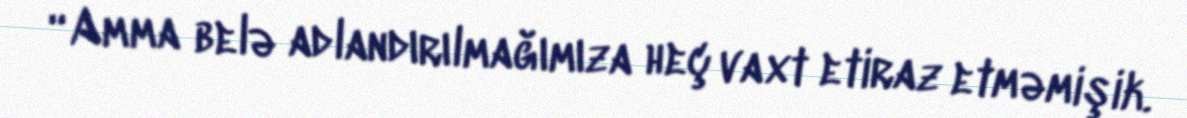
“Amma belə adlandırılmağımıza heç vaxt etiraz etməmişik.